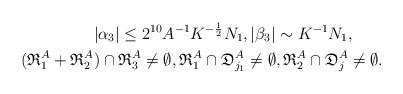
LaTeX: \begin{align*}& |\alpha_3| \leq 2^{10}A^{-1}K^{-\frac{1}{2}}N_1, |\beta_3| \sim K^{-1} N_1,\\(\mathfrak{R}_1^{A} + \mathfrak{R}_2^{A}& ) \cap \mathfrak{R}_3^{A} \not= \emptyset, \mathfrak{R}_1^{A} \cap \mathfrak{D}_{j_1}^A \not= \emptyset, \mathfrak{R}_2^{A} \cap \mathfrak{D}_{j}^A \not= \emptyset.\end{align*}